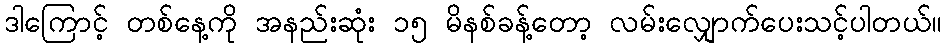
ဒါကြောင့် တစ်နေ့ကို အနည်းဆုံး ၁၅ မိနစ်ခန့်တော့ လမ်းလျှောက်ပေးသင့်ပါတယ်။